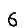
Digit: 6